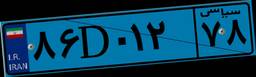
۸۶D۰۱۲۷۸